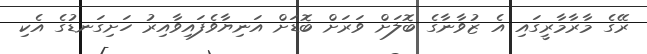
ރޭގެ މާރާމާރީގައި އެ ޒުވާނާގެ ބޮލަށް ވަރަށް ބޮޑަށް އަނިޔާވެފައިވާއިރު ހަށިގަނޑުގެ އެކި